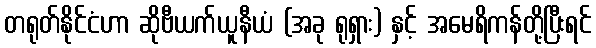
တရုတ်နိုင်ငံဟာ ဆိုဗီယက်ယူနီယံ (အခု ရုရှား) နှင့် အမေရိကန်တို့ပြီးရင်